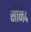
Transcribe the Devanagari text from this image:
सोने४